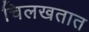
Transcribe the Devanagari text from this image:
चिलखतात